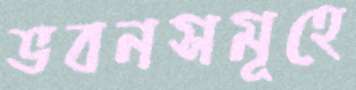
ভবনসমূহে